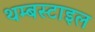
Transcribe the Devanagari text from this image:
थम्बस्टाइल